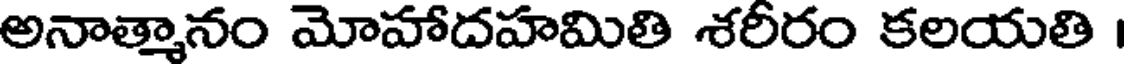
అనాత్మానం మోహాదహమితి శరీరం కలయతి